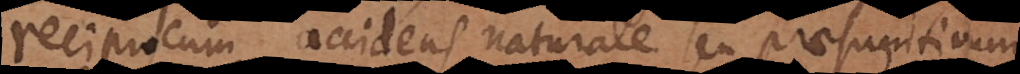
reciprocum, accidens naturale seu praesumtivum,